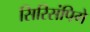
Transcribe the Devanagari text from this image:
सिरिसंपिगे